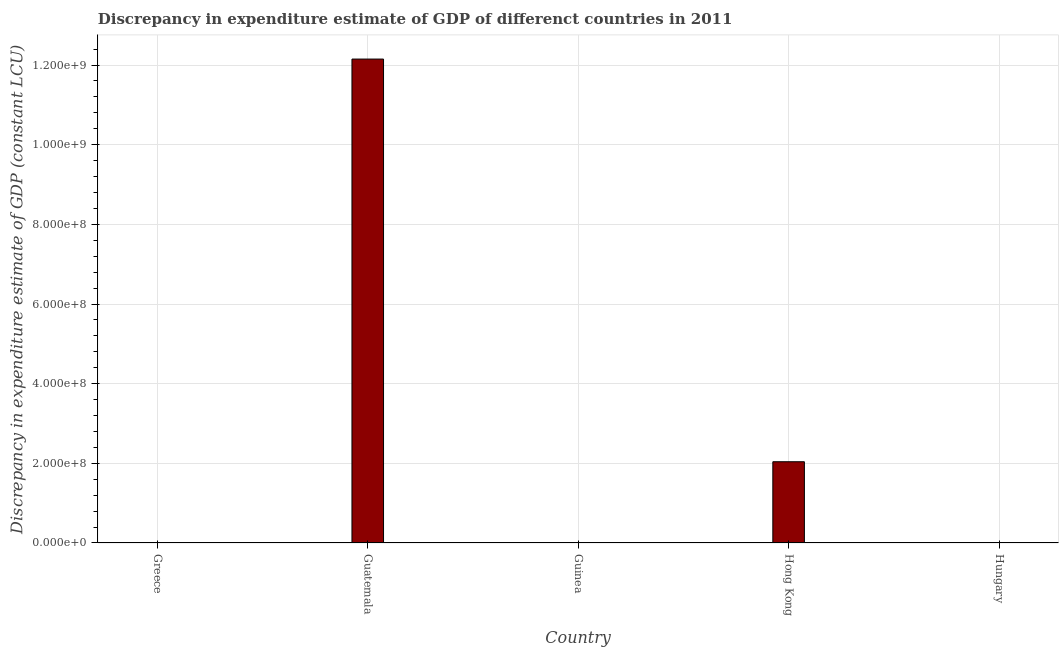
| Country | Discrepancy constant LCU |
 | --- | --- |
 | Greece | 800 |
 | Guatemala | 1.22e+09 |
 | Guinea | 100 |
 | Hong Kong | 2.04e+08 |
 | Hungary | -4.9e+05 |